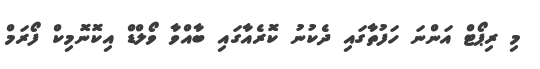
މި ރިޕޯޓް އަންނަ ހަފުތާގައި ދެކުނު ކޮރެއާގައި ބާއްވާ ވޯލްޑް އިކޮނޮމިކް ފޯރަމް